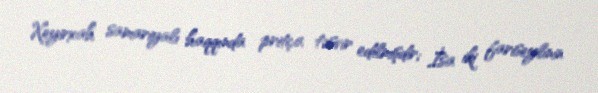
Xeyirxah samariyalı haqqında pritça təsvir edilmişdir; İsa iki fariseylinin